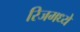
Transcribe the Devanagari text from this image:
रिजमध्ये